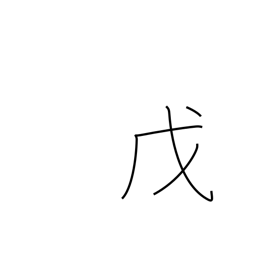
Meaning: 5th calendar sign